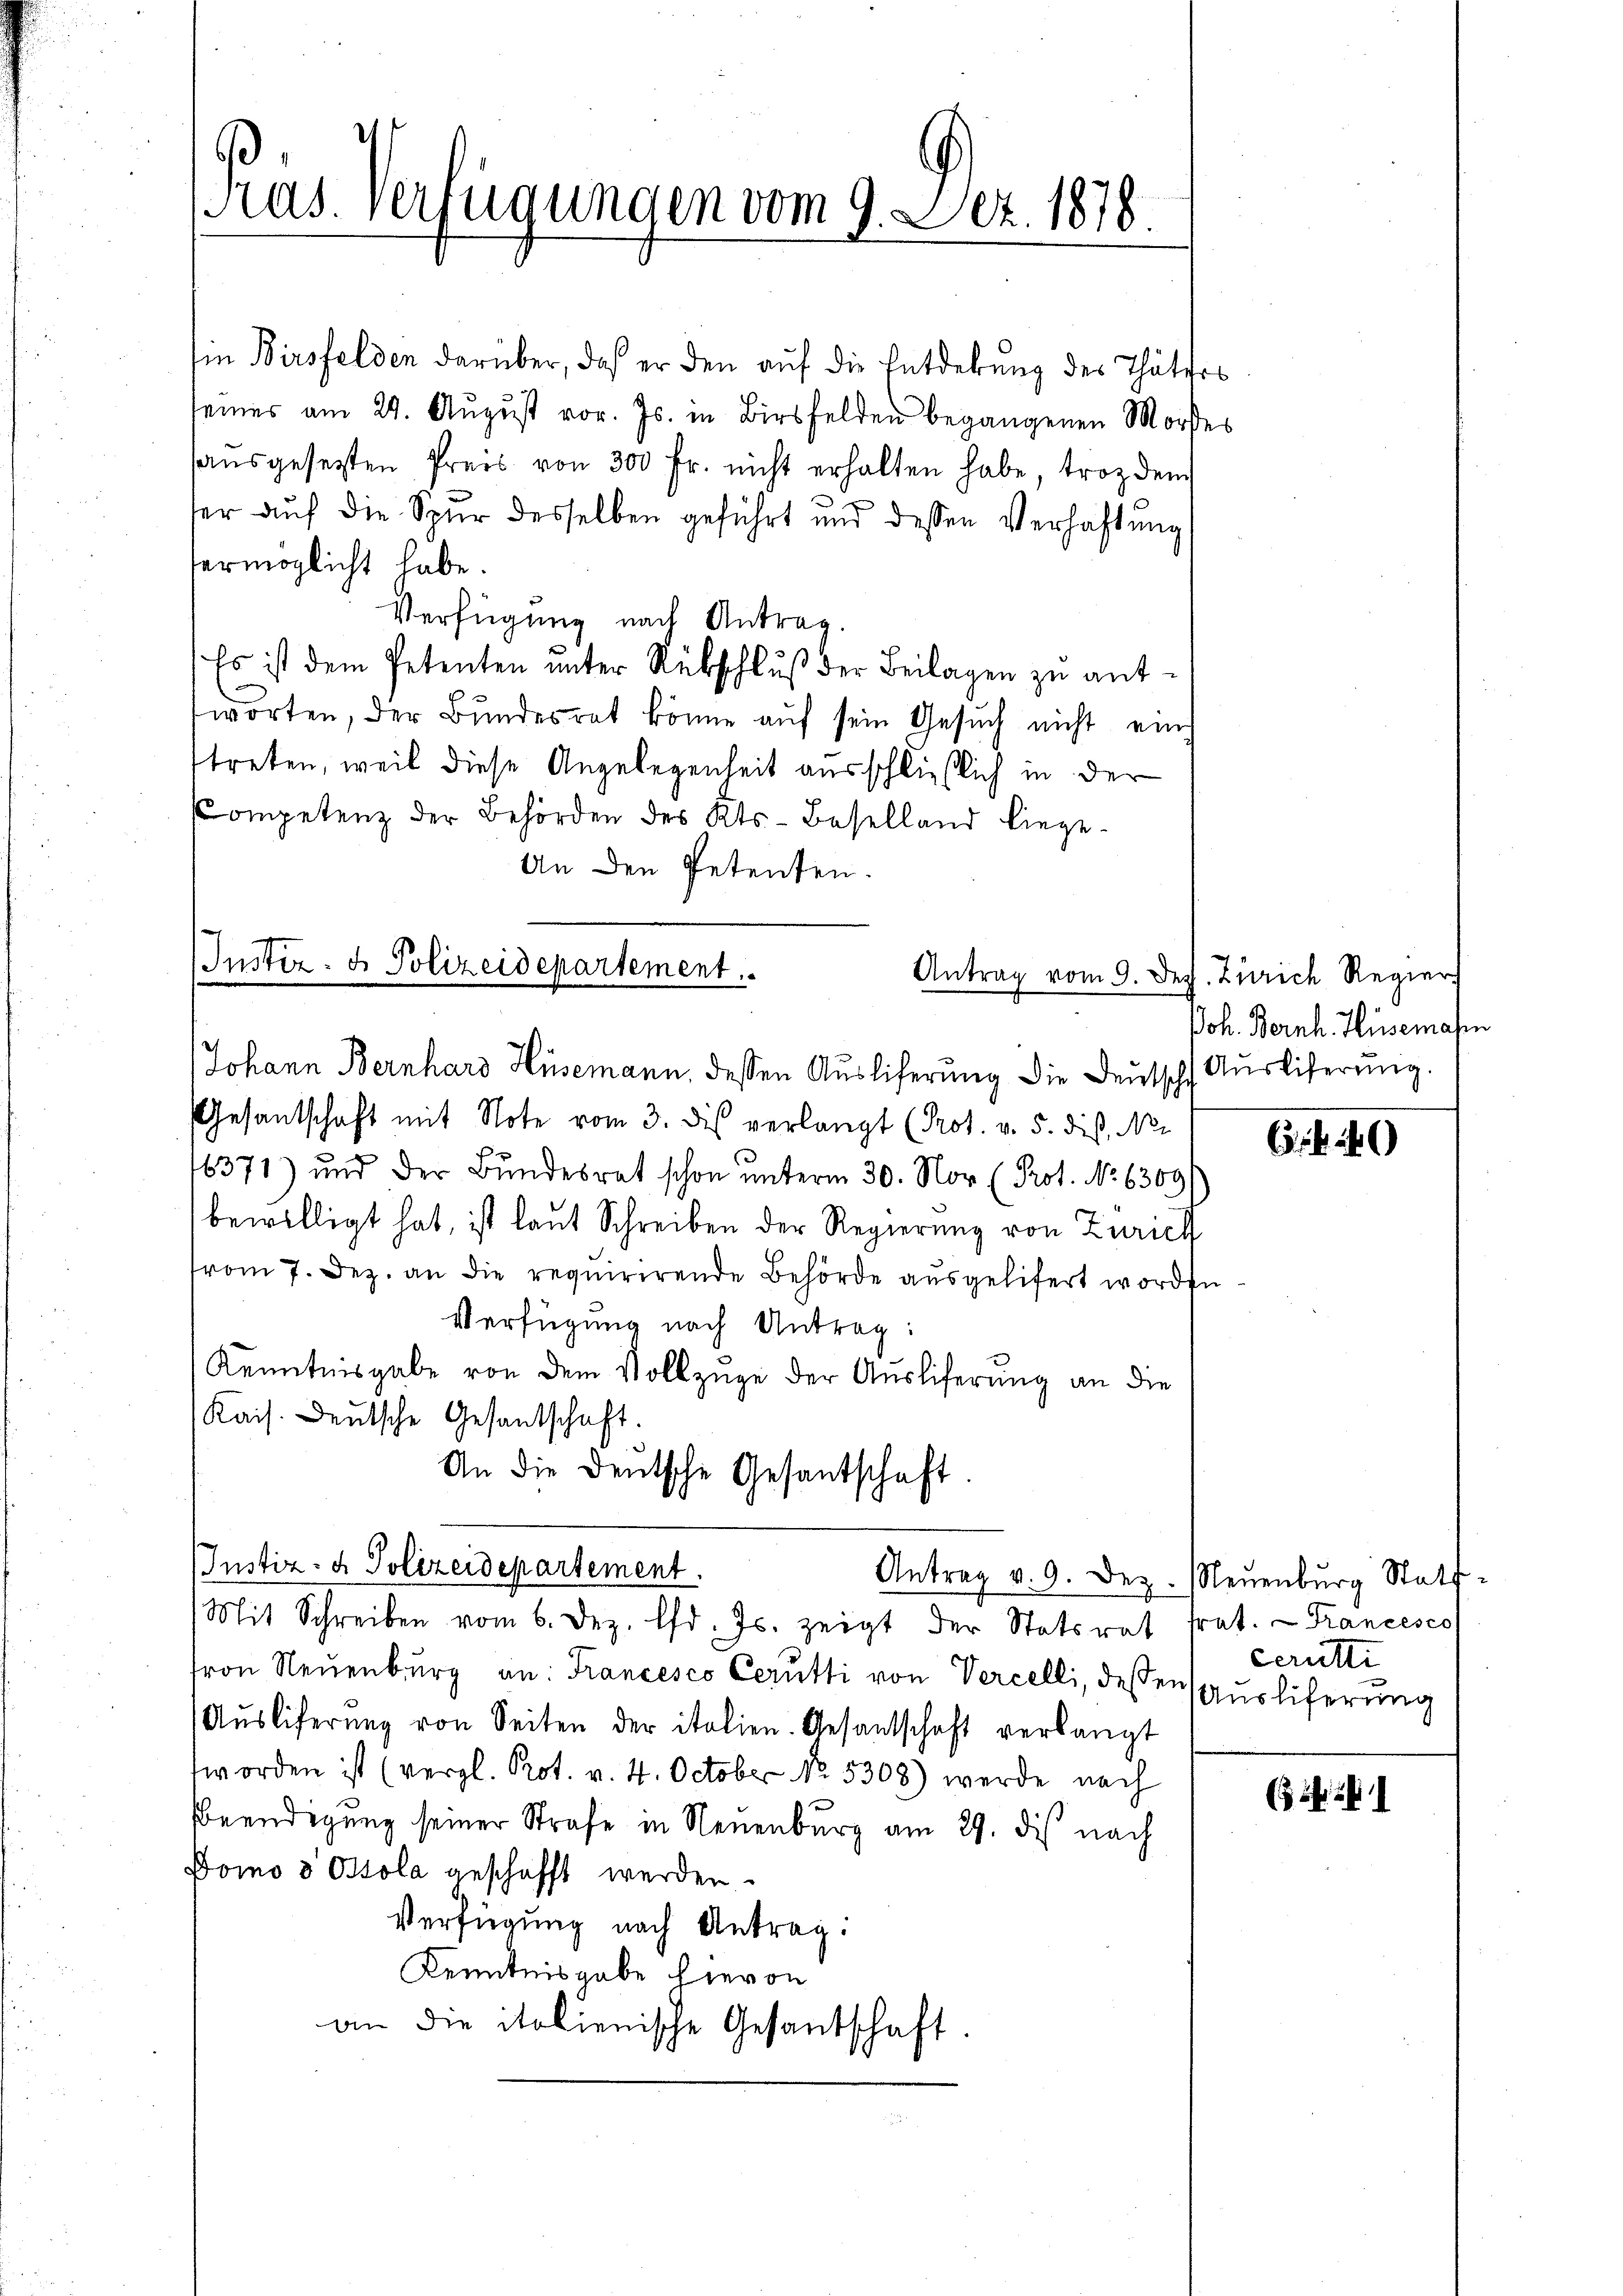
ras. Verfügungen vom 9. Dez. 1878.

Ein Birsfelden darüber, daß er den auf die Entdekung des Thäters
seines am 24. August vor. Js. in Birsfelden begangenen Mordes
haŭsgesetzten Preis von 300 fr. nicht erhalten habe, trozdem
ser auf die Spur desselben geführt und dessen Verhaftung
vermöglicht habe.
Verfügung nach Antrag.
Es ist dem Petenten unter Rückschluß der Beilagen zu anttworten, der Bundesrat könne auf sein Gesuch nicht eine
ttreten, weil diese Angelegenheit ausschließlich in der
Competenz der Behörden des Kts. Baselland liege-
An den Petenten.

Instiz- & Polizeidepartement.

Johann Bernhard Hüsemann, dessen Aŭsliferŭng die Deutsche Auslieferŭng.
Gesantschaft mit Note vom 3. des verlangt (Prot. v. 5. dis, No.
16371) und der Bundesrat schon unterm 30. Nor (Prot. No 63691
bewilligt hat, ist laut Schreiben der Regierung von Zürich
vom 7. Dez. an die requirirende Behörde aŭsgelifert worden
Verfügung nach Antrag:
Kenntnisgabe von dem Vollzüge der Auslieferung an die
Kais. Deutsche Gesandschaft.
Antrag v. 9. Dez. Neuenburg Statt
Mit Schreiben vom 6. Dez. d. Js. zeigt der Statsrat frat. - Francesco
fron Neŭenbŭrg an: Francesco Cerutti von Vercelli, dessensaŭsliferung
Aŭsliferŭng von Seiten der italien. Gesantschaft verlangt
worden ist (vergl. Prot. v. 4. October No. 5308) werde nach
beendigung seiner Strafe in Neuenburg am 29. dis nach
Domo 8 Ottola geschafft werden.
Verfügung nach Antrag:
Kenntnisgabe hievon
an die italienische Gesantschaft.

An die deŭtsche Gesantschaft.
Justiz- & Polizeidepartement.

Antrag vom 9. Dez. Zürich Regier
Joh. Bernh. Hüsemahn

)

ccrutti